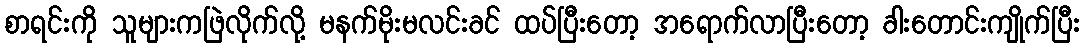
စာရင်းကို သူများကဖြဲလိုက်လို့ မနက်မိုးမလင်းခင် ထပ်ပြီးတော့ အရောက်လာပြီးတော့ ခါးတောင်းကျိုက်ပြီး